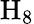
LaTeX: \mathrm{H}_{8}